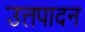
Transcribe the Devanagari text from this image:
उत्तपादन